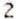
2